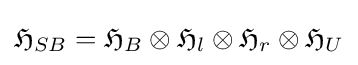
{\mathfrak {H}}_{SB}={\mathfrak {H}}_{B}\otimes {\mathfrak {H}}_{l}\otimes {\mathfrak {H}}_{r}\otimes {\mathfrak {H}}_{U}